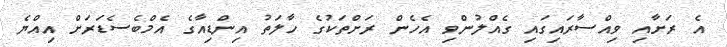
އެ ރަށާއި ވިއްސާރައިގައި ގެއްލުންވި އެހެން ރަށްތަކުގެ ހާލަތު އިންޑިއާގެ އެމްބެސެޑަރަށް އިއްޔެ